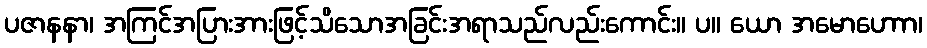
ပဇာနနာ၊ အကြင်အပြားအားဖြင့်သိသောအခြင်းအရာသည်လည်းကောင်း။ ပ။ ယော အမောဟောာ၊